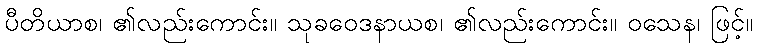
ပီတိယာစ၊ ၏လည်းကောင်း။ သုခဝေဒနာယစ၊ ၏လည်းကောင်း။ ဝသေန၊ ဖြင့်။